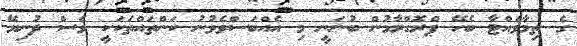
ގެ ތިމާވެއްޓާ ބެހޭ ޕްރޮގްރާމުން ބުނަނީ މި އެއްބަސްވެވުނު ކަންތައްތަކަކީ ވެސް ދުނިޔޭ